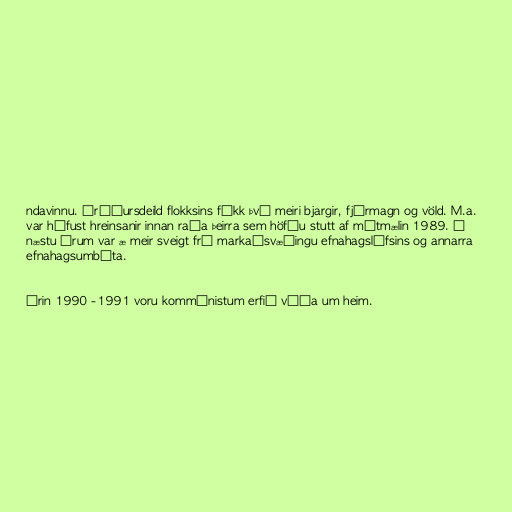
ndavinnu. Áróðursdeild flokksins fékk því meiri bjargir, fjármagn og völd. M.a.
var hófust hreinsanir innan raða þeirra sem höfðu stutt af mótmælin 1989. Á
næstu árum var æ meir sveigt frá markaðsvæðingu efnahagslífsins og annarra
efnahagsumbóta.

Árin 1990 -1991 voru kommúnistum erfið víða um heim.